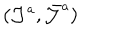
LaTeX: \left( \mathcal { J } ^ { a } , \bar { \mathcal { J } } ^ { a } \right) \,